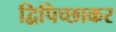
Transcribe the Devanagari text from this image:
द्विपिच्छाकर